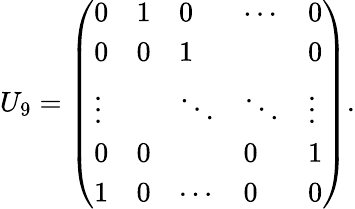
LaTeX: U_{9}=\left(\begin{array}{lllll}{{0}}&{{1}}&{{0}}&{{\cdots}}&{{0}}\\ {{0}}&{{0}}&{{1}}&{{}}&{{0}}\\ {{\vdots}}&{{}}&{{\ddots}}&{{\ddots}}&{{\vdots}}\\ {{0}}&{{0}}&{{}}&{{0}}&{{1}}\\ {{1}}&{{0}}&{{\cdots}}&{{0}}&{{0}}\end{array}\right).